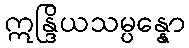
ဣန္ဒြိယသမ္ပန္နော